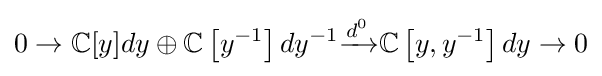
0\to \mathbb {C} [y]dy\oplus \mathbb {C} \left[y^{-1}\right]dy^{-1}{\xrightarrow {d^{0}}}\mathbb {C} \left[y,y^{-1}\right]dy\to 0